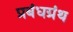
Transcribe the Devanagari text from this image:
प्रबंधग्रंथ